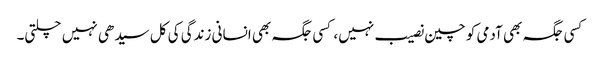
کسی جگہ بھی آدمی کو چین نصیب نہیں، کسی جگہ بھی انسانی زندگی کی کل سیدھی نہیں چلتی۔